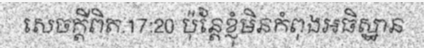
សេចក្តីពិត.17:20 ប៉ុន្តែខ្ញុំមិនកំពុងអធិស្ឋាន